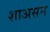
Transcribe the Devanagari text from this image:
शाअसन